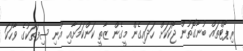
ރިޕޯޓްތައް ބުނާގޮތުން ޖޯކަކަށް ހަދައިގެން މީގެން ޒާތީ ކަންކަމަށާއި އުނި ސިފަތަކުގެ ވާހަކަ